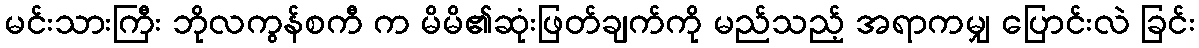
မင်းသားကြီး ဘိုလကွန်စကီ က မိမိ၏ဆုံးဖြတ်ချက်ကို မည်သည့် အရာကမျှ ပြောင်းလဲ ခြင်း